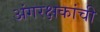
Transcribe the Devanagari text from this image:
अंगरक्षकांची